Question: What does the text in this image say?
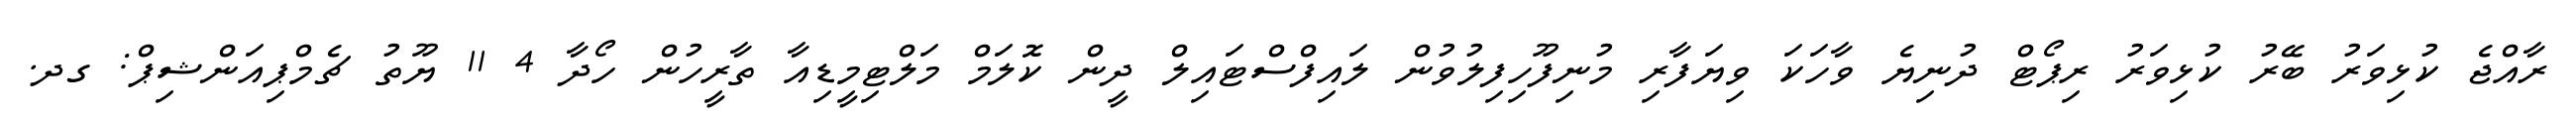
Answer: ރާއްޖެ ކުޅިވަރު ބޭރު ކުޅިވަރު ރިޕޯޓް ދުނިޔެ ވާހަކަ ވިޔަފާރި މުނިފޫހިފިލުވުން ލައިފްސްޓައިލް ދީން ކޮލަމް މަލްޓިމީޑިއާ ތާރީހުން ހޯދާ 4 11 ޔޫތު ޗެމްޕިއަންޝިޕް: ގދ.